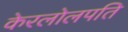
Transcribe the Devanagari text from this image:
केरलोलपति